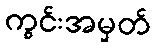
ကွင်းအမှတ်